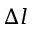
\Delta l